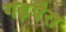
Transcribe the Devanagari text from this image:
गड़पैरा